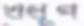
খধূপ